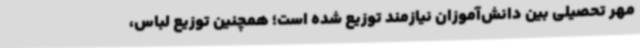
مهر تحصیلی بین دانش‌آموزان نیازمند توزیع شده است؛ همچنین توزیع لباس،